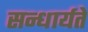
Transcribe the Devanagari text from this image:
सन्धार्यते